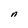
Character: n